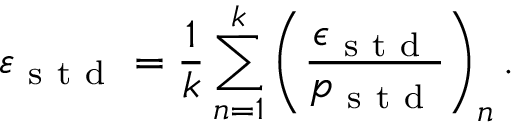
\varepsilon _ { \mathrm { ~ s ~ t ~ d ~ } } = \frac { 1 } { k } \sum _ { n = 1 } ^ { k } \left( \frac { \epsilon _ { \mathrm { ~ s ~ t ~ d ~ } } } { p _ { \mathrm { ~ s ~ t ~ d ~ } } } \right) _ { n } .